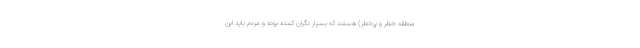
منطقه خطر و پرخطر) هستند که بسیار نگران کننده بوده و مردم باید این